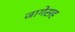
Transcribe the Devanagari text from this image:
जागेसह